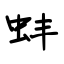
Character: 蚌